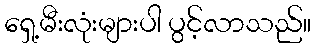
ရှေ့မီးလုံးများပါ ပွင့်လာသည်။